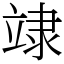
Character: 䇐